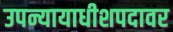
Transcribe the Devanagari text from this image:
उपन्यायाधीशपदावर